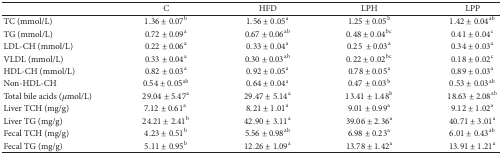
<table><thead><tr><td><b> </b></td><td><b>C</b></td><td><b>HFD</b></td><td><b>LPH</b></td><td><b>LPP</b></td></tr></thead><tbody><tr><td>TC (mmol/L)</td><td>1.36 ± 0.07<sup>b</sup></td><td>1.56 ± 0.05<sup>a</sup></td><td>1.25 ± 0.05<sup>b</sup></td><td>1.42 ± 0.04<sup>ab</sup></td></tr><tr><td>TG (mmol/L)</td><td>0.72 ± 0.09<sup>a</sup></td><td>0.67 ± 0.06<sup>ab</sup></td><td>0.48 ± 0.04<sup>bc</sup></td><td>0.41 ± 0.04<sup>c</sup></td></tr><tr><td>LDL-CH (mmol/L)</td><td>0.22 ± 0.06<sup>a</sup></td><td>0.33 ± 0.04<sup>a</sup></td><td>0.25± 0.03<sup>a</sup></td><td>0.34 ± 0.03<sup>a</sup></td></tr><tr><td>VLDL (mmol/L)</td><td>0.33 ± 0.04<sup>a</sup></td><td>0.30 ± 0.03<sup>ab</sup></td><td>0.22 ± 0.02<sup>bc</sup></td><td>0.18 ± 0.02<sup>c</sup></td></tr><tr><td>HDL-CH (mmol/L)</td><td>0.82 ± 0.03<sup>a</sup></td><td>0.92 ± 0.05<sup>a</sup></td><td>0.78 ± 0.05<sup>a</sup></td><td>0.89 ± 0.03<sup>a</sup></td></tr><tr><td>Non-HDL-CH </td><td>0.54 ± 0.05<sup>ab</sup></td><td>0.64 ± 0.04<sup>a</sup></td><td>0.47 ± 0.03<sup>b</sup></td><td>0.53 ± 0.03<sup>ab</sup></td></tr><tr><td>Total bile acids (<i>μ</i>mol/L)</td><td>29.04 ± 5.47<sup>a</sup></td><td>29.47 ± 5.14<sup>a</sup></td><td>13.41 ± 1.48<sup>b</sup></td><td>18.63 ± 2.08<sup>ab</sup></td></tr><tr><td>Liver TCH (mg/g)</td><td>7.12 ± 0.61<sup>a</sup></td><td>8.21 ± 1.01<sup>a</sup></td><td>9.01 ± 0.99<sup>a</sup></td><td>9.12 ± 1.02<sup>a</sup></td></tr><tr><td>Liver TG (mg/g)</td><td>24.21 ± 2.41<sup>b</sup></td><td>42.90 ± 3.11<sup>a</sup></td><td>39.06 ± 2.36<sup>a</sup></td><td>40.71 ± 3.01<sup>a</sup></td></tr><tr><td>Fecal TCH (mg/g)</td><td>4.23 ± 0.51<sup>b</sup></td><td>5.56 ± 0.98<sup>ab</sup></td><td>6.98 ± 0.23<sup>a</sup></td><td>6.01 ± 0.43<sup>ab</sup></td></tr><tr><td>Fecal TG (mg/g)</td><td>5.11 ± 0.95<sup>b</sup></td><td>12.26 ± 1.09<sup>a</sup></td><td>13.78 ± 1.42<sup>a</sup></td><td>13.91 ± 1.21<sup>a</sup></td></tr></tbody></table>